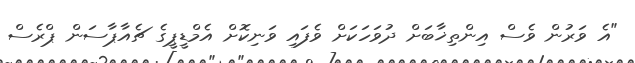
"އެ ވަރުން ވެސް އިންތިޚާބަށް ދުވަހަކަށް ވެފައި ވަނިކޮށް އެމްޑީޕީގެ ޗެއާޕާސަން ޕްރެސް